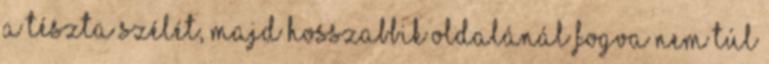
a tészta szélét, majd hosszabbik oldalánál fogva nem túl